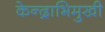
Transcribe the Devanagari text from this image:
केन्द्राभिमुखी